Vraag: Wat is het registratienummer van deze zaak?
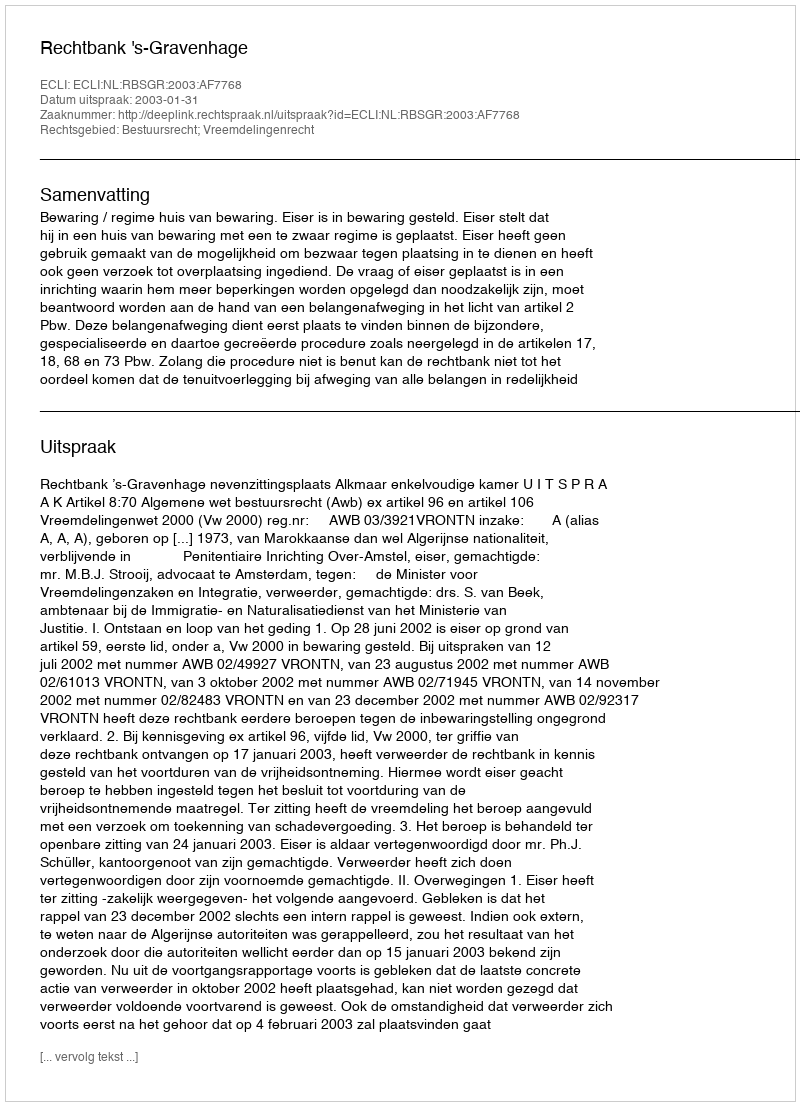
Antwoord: http://deeplink.rechtspraak.nl/uitspraak?id=ECLI:NL:RBSGR:2003:AF7768